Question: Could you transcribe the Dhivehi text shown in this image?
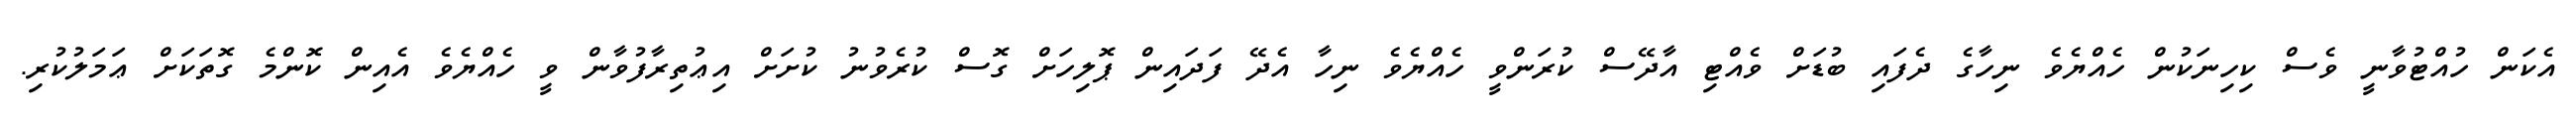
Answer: އެކަން ހުއްޓުވާނީ ވެސް ކިހިނަކުން ހެއްޔެވެ ނިހާގެ ދެފައި ބުޑަށް ވެއްޓި އާދޭސް ކުރަންވީ ހެއްޔެވެ ނިހާ އެދޭ ފަދައިން ޕޮލިހަށް ގޮސް ކުރެވުނު ކުށަށް އިޢުތިރާފުވާން ވީ ހެއްޔެވެ އެއިން ކޮންމެ ގޮތަކަށް ޢަމަލުކުރި.